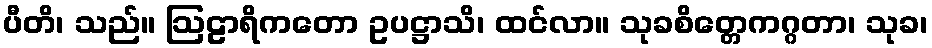
ပီတိ၊ သည်။ ဩဠာရိကတော ဥပဋ္ဌာသိ၊ ထင်လာ။ သုခစိတ္တေကဂ္ဂတာ၊ သုခ၊